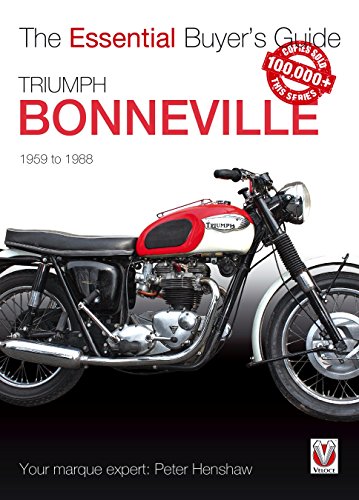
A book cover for Triumph Bonneville: The Essential Buyer's Guide; Peter Henshaw; Arts & Photography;